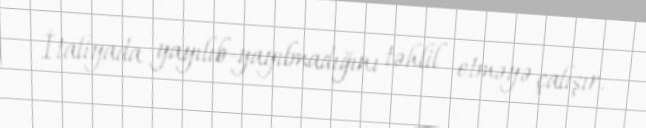
İtaliyada yayılıb-yayılmadığını təhlil etməyə çalışır.